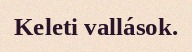
Keleti vallások.